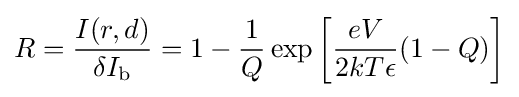
R={\frac {I(r,d)}{\delta I_{\text{b}}}}=1-{\frac {1}{Q}}\exp \left[{\frac {eV}{2kT\epsilon }}(1-Q)\right]